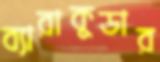
ব্যারাকুডার